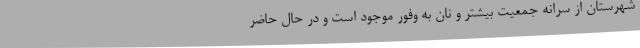
شهرستان از سرانه جمعیت بیشتر و نان به وفور موجود است و در حال حاضر